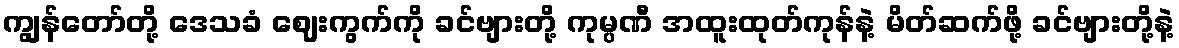
ကျွန်တော်တို့ ဒေသခံ ဈေးကွက်ကို ခင်ဗျားတို့ ကုမ္ပဏီ အထူးထုတ်ကုန်နဲ့ မိတ်ဆက်ဖို့ ခင်ဗျားတို့နဲ့